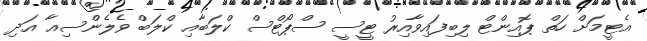
އެޓީމަށް ހަތް ޕޮއިންޓް ލިބިފައިވާއިރު ޓީސީ ސްޕޯޓްސް ކްލަބާއި ކްލަބް ވެލެންސިއާ އަދި